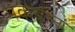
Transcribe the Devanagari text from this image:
मेकबीन